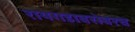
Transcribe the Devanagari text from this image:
रायगडाबरोबरच